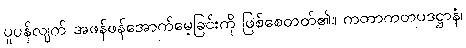
ပူပန်လျက် အဖန်ဖန်အောက်မေ့ခြင်းကို ဖြစ်စေတတ်၏။ ကတာကတပဒဋ္ဌာနံ၊